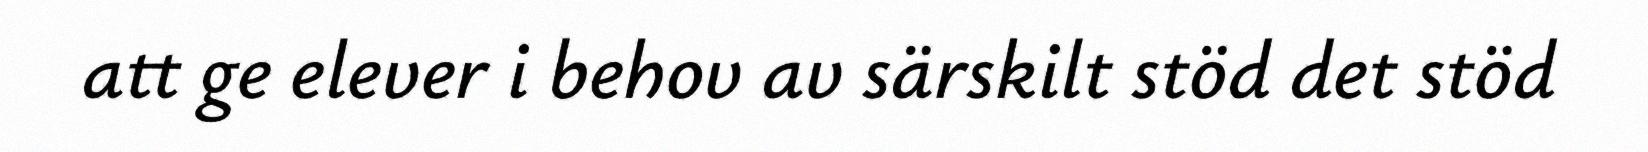
att ge elever i behov av särskilt stöd det stöd